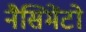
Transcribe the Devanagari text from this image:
नैसिमेंटो